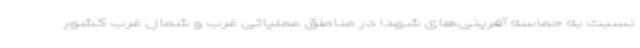
نسبت به حماسه آفرینی‌های شهدا در مناطق عملیاتی غرب و شمال غرب کشور